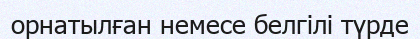
орнатылған немесе белгілі түрде